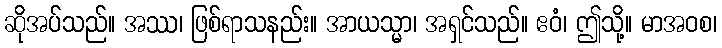
ဆိုအပ်သည်။ အဿ၊ ဖြစ်ရာသနည်း။ အာယသ္မာ၊ အရှင်သည်။ ဧဝံ၊ ဤသို့။ မာအဝစ၊